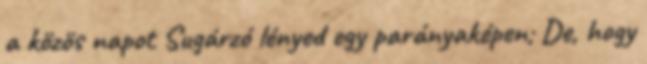
a közös napot Sugárzó lényed egy parányaképen; De, hogy